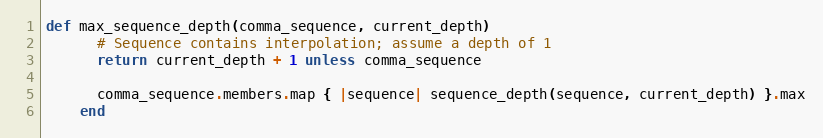
Language: Ruby
def max_sequence_depth(comma_sequence, current_depth)
      # Sequence contains interpolation; assume a depth of 1
      return current_depth + 1 unless comma_sequence

      comma_sequence.members.map { |sequence| sequence_depth(sequence, current_depth) }.max
    end